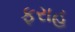
ફરાહ